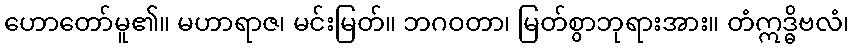
ဟောတော်မူ၏။ မဟာရာဇ၊ မင်းမြတ်။ ဘဂဝတာ၊ မြတ်စွာဘုရားအား။ တံဣဒ္ဓိဗလံ၊